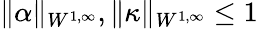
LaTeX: \| \alpha\| _{W^{1,\infty}},\| \kappa\| _{W^{1,\infty}}\leq 1